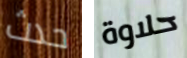
حدث حلاوة